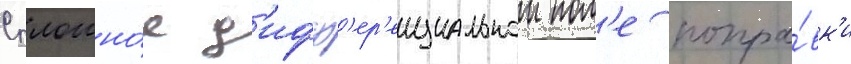
Сплошно́е д'ифф'ер'енциальнои пол'е попра́вк'и